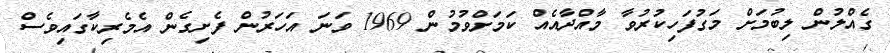
ގެއްލުން ލިބުމަށް މަގުފަހިކުރުވާ މާއްދާއެއް ކަމަށްވުމުން 1969 ވަނަ އަހަރުން ފެށިގެން އެމެރިކާގައިވެސް